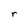
Character: r